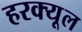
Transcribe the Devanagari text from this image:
हरक्यूल